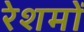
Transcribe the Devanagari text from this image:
रेशमों